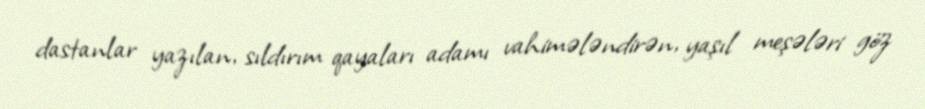
dastanlar yazılan, sıldırım qayaları adamı vahimələndirən, yaşıl meşələri göz